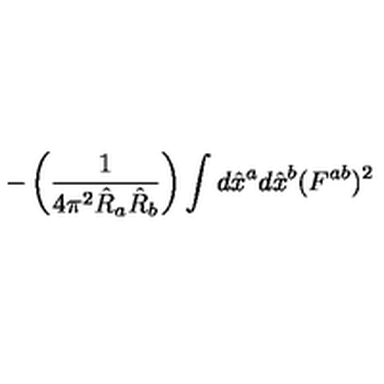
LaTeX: - \left( \frac { 1 } { 4 \pi ^ { 2 } \hat { R } _ { a } \hat { R } _ { b } } \right) \int d \hat { x } ^ { a } d \hat { x } ^ { b } ( F ^ { a b } ) ^ { 2 }